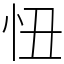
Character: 忸